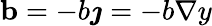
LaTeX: \mathbf{b}=-b\boldsymbol{\jmath}=-b\nabla y